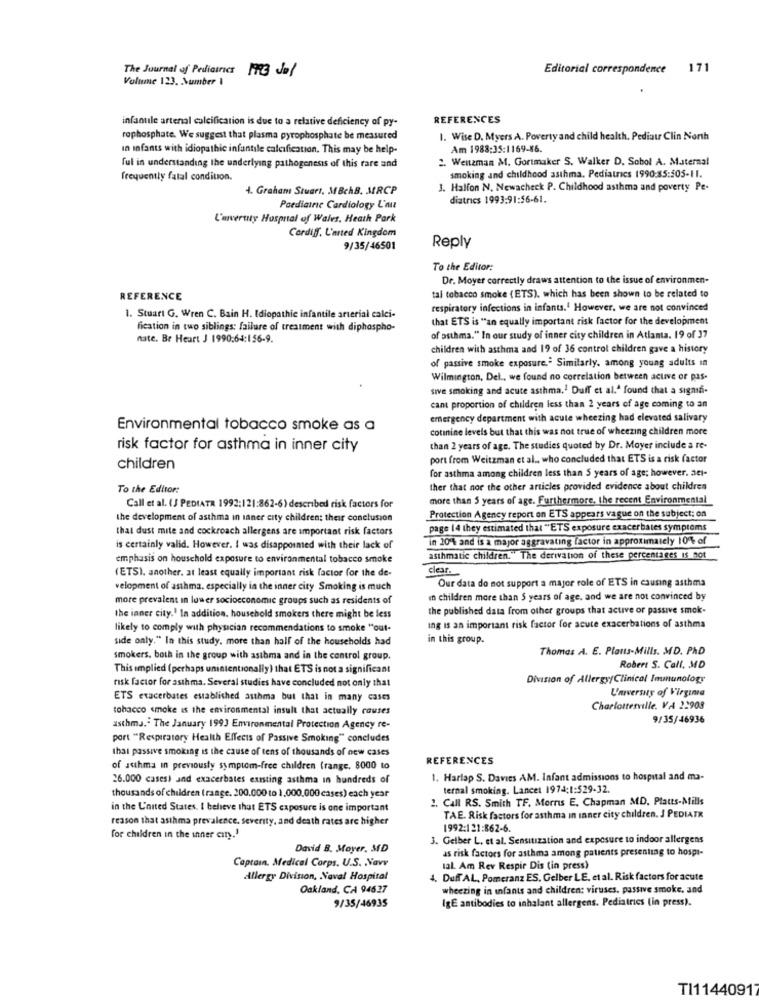
The Journal of Pediatrics 3 Ju/
Editorial correspondence 171
Volume 123. Number 1
infantile artenal calcification is due to a relative deficiency of py-
REFERENCES
rophosphate. We suggest that plasma pyrophosphate be measured
I. Wise D. Myers A. Poverty and child health. Pediatr Clin North
In infants with idiopathic infantile calcification. This may be help-
Am 1988:35:1169-86.
2. Wentzman M. Gortmaker S. Walker D. Sobol A. Maternal
ful in understanding the underlying pathogenesis of this rare and
frequently fatal condition.
smoking and childhood asthma. Pediatrics 1990:85:505-11.
4. Graham Stuart, MBchB. MRCP
J. Halfon N. Newacheck P. Childhood asthma and poverty Pe.
diatrics 1993:91:56-61.
Paediainc Cardiology L'au
L'arvertty Hospital of Wales, Heath Park
Cardiff. L'arted Kingdom
9/35/46501
Reply
To the Editor:
Dr. Moyer correctly draws attention to the issue of environmen-
REFERENCE
tal tobacco smoke (ETS), which has been shown to be related to
respiratory infections in infants. However, we are not convinced
1. Stuart G. Wren C. Bain H. Idiopathic infantile arterial calci-
that ETS is "an equally important risk factor for the development
fication in two siblings: failure of treatment with diphospho-
nate. Be Heart J 1990:64:156-9.
of asthma." In our study of inner city children in Atlanta. 19 of 37
children with asthma and 19 of 36 control children gave a history
of passive smoke exposure. Similarly. among young adults in
Wilmington, Del ., we found no correlation between active or pas-
sive smoking and acute asthma ,! Duff et al." found that a sigmi-
cant proportion of children less than 2 years of age coming to an
emergency department with acute wheezing had elevated salivary
Environmental tobacco smoke as a
cotinine levels but that this was not true of wheezing children more
risk factor for asthma in inner city
than 2 years of age. The studies quoted by Dr. Moyer include a re-
port from Weitzman et al ., who concluded that ETS is a risk factor
children
for asthma among children less than 5 years of age; however. act-
To the Editor:
ther that nor the other articles provided evidence about children
more than 5 years of age. Furthermore, the recent Environmental
Call et al. (J PEDIATR 1992:121:862-6) described risk factors for
the development of asthma in ianer city children: their conclusion
Protection Agency report on ETS appears vague on the subject: on
that dust mite and cockroach allergens are important risk factors
page (4 they estimated that "ETS exposure exacerbates symptoms
in 20% and is a major aggravating factor in approximately 10% of
is certainly valid. However. I was disappointed with their lack of
emphasis on household exposure to environmental tobacco smoke
asthmatic children." The derivation of these percentages Is not
(ETS). another, at least equally important risk factor for the de-
clear.
Our data do not support a major role of ETS in causing asthma
velopment of asthma. especially in the inner city Smoking is much
more prevalent in lower socioeconomic groups such as residents of
in children more than $ years of age, and we are not convinced by
the published data from other groups that active or passive smok.
the inner city.' In addition, household smokers there might be less
likely to comply with physician recommendations to smoke "out-
ing is an important risk factor for acute exacerbations of asthma
side only." In this study. more than half of the households had
in this group.
Thomas A. E. Platts-Mills. MD. PAD
smokers. both in the group with astbma and in the control group.
This implied (perhaps unintentionally) that ETS is not a significant
Robert S. Call, MD
Division of Allergy/Clinical Immunology
risk factor for asthma. Several studies have concluded not only that
University of Virginia
ETS exacerbates established asthma but that in many cases
tobacco smoke is the environmental insult that actually couses
Charlottesville. VA 22908
9/35/46936
asthma." The January 1993 Environmental Protection Agency re-
port "Respiratory Health Effects of Passive Smoking" concludes
that passive smoking is the cause of tens of thousands of new cases
REFERENCES
of Juhma in previously symptom-free children (range. 8000 to
26.000 cases) and exacerbates existing asthma in hundreds of
1. Harlap S. Davies AM. Infant admissions to hospital and ma-
ternal smoking. Lancet 1974;1:529-32.
thousands of children (range. 200.000 to 1.000.000 cases) each year
1. Call RS. Smith TF. Morris E, Chapman MD. Platts-Mills
in the U'nited States. I believe that ETS exposure is one important
reason that asthma prevalence, severity, and death rates are higher
TAE. Risk factors for asthma in inner city children. J PEDIATR
1992:121:862-6.
for children in the inner city.'
3. Gelber L, et al. Sensitization and exposure to indoor allergens
David B. Moyer, MD
as risk factors for asthma among patients presenting to hospi-
Captain. Medical Corps. U.S. Navy
tal. Am Rev Respir Dis (in press)
Allergy Division, Naval Hospital
4. Duff AL, Pomeranz ES. Gelber LE, et al. Risk factors for acute
Oakland, CA 94627
wheezing in infants and children: viruses, passive smoke, and
IgE antibodies to inhalant allergens. Pediatrics (in press).
9/35/46935
TI11440917